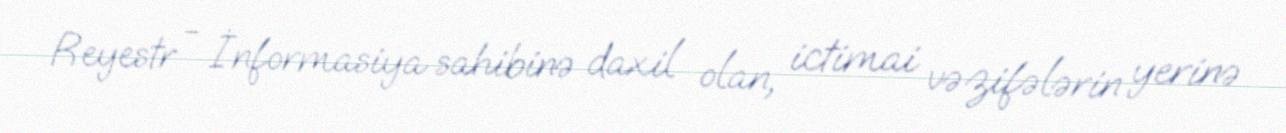
Reyestr - İnformasiya sahibinə daxil olan, ictimai vəzifələrin yerinə